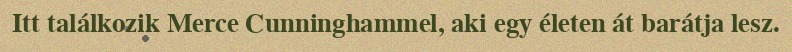
Itt találkozik Merce Cunninghammel, aki egy életen át barátja lesz.